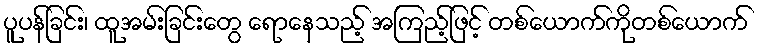
ပူပန်ခြင်း၊ ထူအမ်းခြင်းတွေ ရောနေသည့် အကြည့်ဖြင့် တစ်ယောက်ကိုတစ်ယောက်